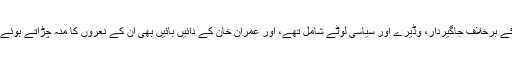
ذوالفقار علی بھٹو کی ٹیم میں بھی اپنے نعرے کے برخلاف جاگیردار، وڈیرے اور سیاسی لوٹے شامل تھے، اور عمران خان کے دائیں بائیں بھی اُن کے نعروں کا منہ چڑاتے ہوئے کرپٹ اشرافیہ اور سیاسی لوٹے نظر آرہے ہیں۔